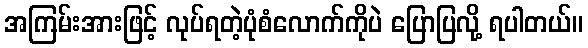
အကြမ်းအားဖြင့် လုပ်ရတဲ့ပုံစံလောက်ကိုပဲ ပြောပြလို့ ရပါတယ်။